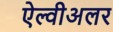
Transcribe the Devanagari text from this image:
ऐल्वीअलर